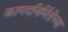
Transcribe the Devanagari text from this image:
कागदनिर्मितीच्या